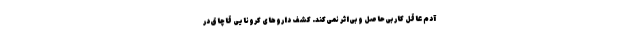
آدم عاقل کار بی‌حاصل و بی‌اثر نمی‌کند. کشف داروهای کرونایی قاچاق در